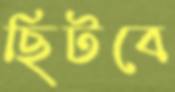
ছিটবে